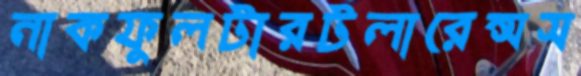
নাকফুলটারটলারেন্সস